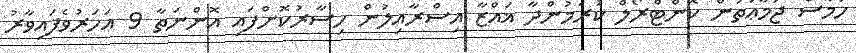
ހަމާސް ޖަމާޢަތުން ކޮންޓްރޯލް ކުރަމުންދާ ޣައްޒާ އިސްރާއިލުން ހިސާރުކޮށްފައި އޮންނަތާ 9 އަހަރުވެފައިވާރު